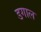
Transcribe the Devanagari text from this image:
डगाल